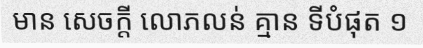
មាន សេចក្តី លោភលន់ គ្មាន ទីបំផុត ១